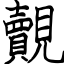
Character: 覿